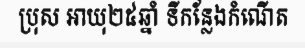
ប្រុស អាយុ២៥ឆ្នាំ ទីកន្លែងកំណើត